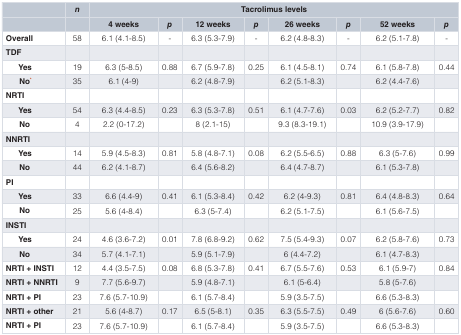
<table><thead><tr><td></td><td><b><i>n</i></b></td><td colspan="9"><b>Tacrolimus levels</b></td></tr><tr><td></td><td></td><td><b>4 weeks</b></td><td><b><i>p</i></b></td><td><b>12 weeks</b></td><td><b><i>p</i></b></td><td><b>26 weeks</b></td><td><b><i>p</i></b></td><td><b>52 weeks</b></td><td><b><i>p</i></b></td></tr></thead><tbody><tr><td><b>Overall</b></td><td>58</td><td>6.1 (4.1-8.5)</td><td>-</td><td>6.3 (5.3-7.9)</td><td>-</td><td>6.2 (4.8-8.3)</td><td>-</td><td>6.2 (5.1-7.8)</td><td>-</td></tr><tr><td><b>TDF</b></td><td></td><td></td><td></td><td></td><td></td><td></td><td></td><td></td><td></td></tr><tr><td><b>Yes</b></td><td>19</td><td>6.3 (5-8.5)</td><td>0.88</td><td>6.7 (5.9-7.8)</td><td>0.25</td><td>6.1 (4.5-8.1)</td><td>0.74</td><td>6.1 (5.8-7.8)</td><td>0.44</td></tr><tr><td><b>No<sup>*</sup></b></td><td>35</td><td>6.1 (4-9)</td><td></td><td>6.2 (4.8-7.9)</td><td></td><td>6.2 (5.1-8.3)</td><td></td><td>6.2 (4.4-7.6)</td><td></td></tr><tr><td><b>NRTI</b></td><td></td><td></td><td></td><td></td><td></td><td></td><td></td><td></td><td></td></tr><tr><td><b>Yes</b></td><td>54</td><td>6.3 (4.4-8.5)</td><td>0.23</td><td>6.3 (5.3-7.8)</td><td>0.51</td><td>6.1 (4.7-7.6)</td><td>0.03</td><td>6.2 (5.2-7.7)</td><td>0.82</td></tr><tr><td><b>No</b></td><td>4</td><td>2.2 (0-17.2)</td><td></td><td>8 (2.1-15)</td><td></td><td>9.3 (8.3-19.1)</td><td></td><td>10.9 (3.9-17.9)</td><td></td></tr><tr><td><b>NNRTI</b></td><td></td><td></td><td></td><td></td><td></td><td></td><td></td><td></td><td></td></tr><tr><td><b>Yes</b></td><td>14</td><td>5.9 (4.5-8.3)</td><td>0.81</td><td>5.8 (4.8-7.1)</td><td>0.08</td><td>6.2 (5.5-6.5)</td><td>0.88</td><td>6.3 (5-7.6)</td><td>0.99</td></tr><tr><td><b>No</b></td><td>44</td><td>6.2 (4.1-8.7)</td><td></td><td>6.4 (5.6-8.2)</td><td></td><td>6.4 (4.7-8.7)</td><td></td><td>6.1 (5.3-7.8)</td><td></td></tr><tr><td><b>PI</b></td><td></td><td></td><td></td><td></td><td></td><td></td><td></td><td></td><td></td></tr><tr><td><b>Yes</b></td><td>33</td><td>6.6 (4.4-9)</td><td>0.41</td><td>6.1 (5.3-8.4)</td><td>0.42</td><td>6.2 (4-9.3)</td><td>0.81</td><td>6.4 (4.8-8.3)</td><td>0.64</td></tr><tr><td><b>No</b></td><td>25</td><td>5.6 (4-8.4)</td><td></td><td>6.3 (5-7.4)</td><td></td><td>6.2 (5.1-7.5)</td><td></td><td>6.1 (5.6-7.5)</td><td></td></tr><tr><td><b>INSTI</b></td><td></td><td></td><td></td><td></td><td></td><td></td><td></td><td></td><td></td></tr><tr><td><b>Yes</b></td><td>24</td><td>4.6 (3.6-7.2)</td><td>0.01</td><td>7.8 (6.8-9.2)</td><td>0.62</td><td>7.5 (5.4-9.3)</td><td>0.07</td><td>6.2 (5.8-7.6)</td><td>0.73</td></tr><tr><td><b>No</b></td><td>34</td><td>5.7 (4.1-7.1)</td><td></td><td>5.9 (5.1-7.9)</td><td></td><td>6 (4.4-7.2)</td><td></td><td>6.1 (4.7-8.3)</td><td></td></tr><tr><td><b>NRTI + INSTI</b></td><td>12</td><td>4.4 (3.5-7.5)</td><td>0.08</td><td>6.8 (5.3-7.8)</td><td>0.41</td><td>6.7 (5.5-7.6)</td><td>0.53</td><td>6.1 (5.9-7)</td><td>0.84</td></tr><tr><td><b>NRTI + NNRTI</b></td><td>9</td><td>7.7 (5.6-9.7)</td><td></td><td>5.9 (4.8-7.1)</td><td></td><td>6.1 (5-6.4)</td><td></td><td>5.8 (5-7.6)</td><td></td></tr><tr><td><b>NRTI + PI</b></td><td>23</td><td>7.6 (5.7-10.9)</td><td></td><td>6.1 (5.7-8.4)</td><td></td><td>5.9 (3.5-7.5)</td><td></td><td>6.6 (5.3-8.3)</td><td> </td></tr><tr><td><b>NRTI + other</b></td><td>21</td><td>5.6 (4-8.7)</td><td>0.17</td><td>6.5 (5-8.1)</td><td>0.35</td><td>6.3 (5.5-7.5)</td><td>0.49</td><td>6 (5.6-7.6)</td><td>0.60</td></tr><tr><td><b>NRTI + PI</b></td><td>23</td><td>7.6 (5.7-10.9)</td><td></td><td>6.1 (5.7-8.4)</td><td></td><td>5.9 (3.5-7.5)</td><td></td><td>6.6 (5.3-8.3)</td><td> </td></tr></tbody></table>